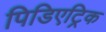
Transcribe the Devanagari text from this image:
पिडिएट्रिक